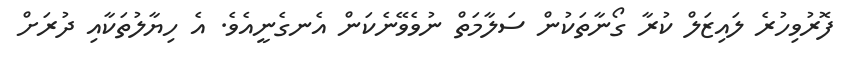
ފޮރުވިހުރެ ލައިޒަލް ކުރާ ގޯނާތަކުން ސަލާމަތް ނުވެވޭނެކަން އެނގެނީއެވެ. އެ ހިޔާލުތަކާއި ދުރަށް